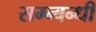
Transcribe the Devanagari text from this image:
सम्न्बन्धी